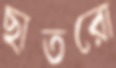
ছাতরো